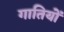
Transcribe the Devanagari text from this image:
गातियों